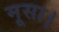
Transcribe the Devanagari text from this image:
मूसा।